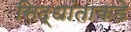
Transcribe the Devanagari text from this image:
सिद्धांताकडे